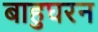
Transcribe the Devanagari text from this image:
बाहुघरन